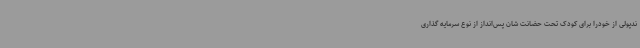
ندپولی از خودرا برای کودک تحت حضانت شان پس‌انداز از نوع سرمایه گذاری